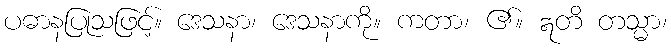
ပဓာနပြုသဖြင့်။ ဒေသနာ၊ ဒေသနာကို။ ကတာ၊ ၏။ ဣတိ တသ္မာ၊